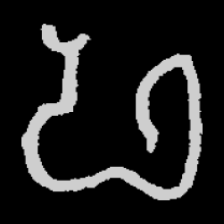
Pyu character \u2014 Myanmar letter: ဖ (romanized: pha)